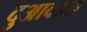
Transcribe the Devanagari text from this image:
दुआवाता